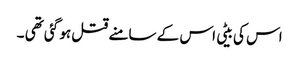
اس کی بیٹی اس کے سامنے قتل ہو گئی تھی ۔